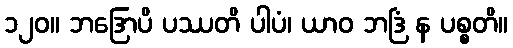
၁၂၀။ ဘဒြောပိ ပဿတိ ပါပံ၊ ယာဝ ဘဒြံ န ပစ္စတိ။